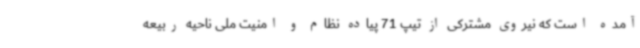
آمده است که نیروی مشترکی از تیپ 71 پیاده نظام و امنیت ملی ناحیه ربیعه